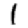
Digit: 1